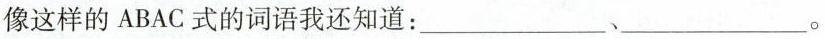
像这样的ABAC式的词语我还知道：___、___。